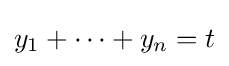
y_{1}+\cdots +y_{n}=t